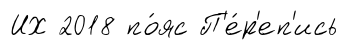
ИХ 2018 по́яс П'е́р'еп'ись